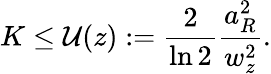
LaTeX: K\leq\mathcal{U}(z):=\frac{2}{\ln 2}\frac{a_{R}^{2}}{w_{z}^{2}}.